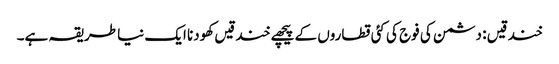
خندقیں : دشمن کی فوج کی کئی قطاروں کے پیچھے خندقیں کھودنا ایک نیا طریقہ ہے۔